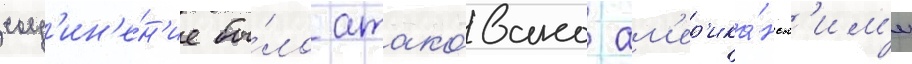
соед'ин'е́н'ие бы́ло атако́вано ам'ер'ика́нск'им'и